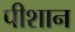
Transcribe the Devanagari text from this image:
पीशान